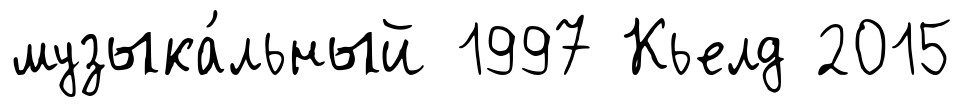
музыка́льный 1997 Кьелд 2015